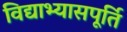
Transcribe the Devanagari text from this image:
विद्याभ्यासपूर्ति